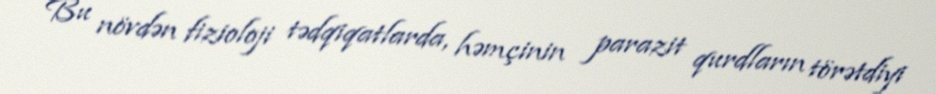
Bu növdən fizioloji tədqiqatlarda, həmçinin parazit qurdların törətdiyi